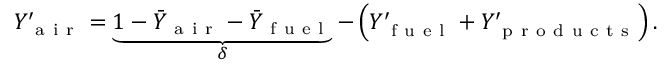
\begin{array} { r } { Y _ { \mathrm { ~ a ~ i ~ r ~ } } ^ { \prime } = \underbrace { 1 - \bar { Y } _ { \mathrm { ~ a ~ i ~ r ~ } } - \bar { Y } _ { \mathrm { ~ f ~ u ~ e ~ l ~ } } } _ { \delta } - \left( Y _ { \mathrm { ~ f ~ u ~ e ~ l ~ } } ^ { \prime } + Y _ { \mathrm { ~ p ~ r ~ o ~ d ~ u ~ c ~ t ~ s ~ } } ^ { \prime } \right) . } \end{array}